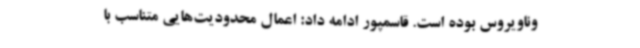
وناویروس بوده است. قاسمپور ادامه داد: اعمال محدودیت‌هایی متناسب با